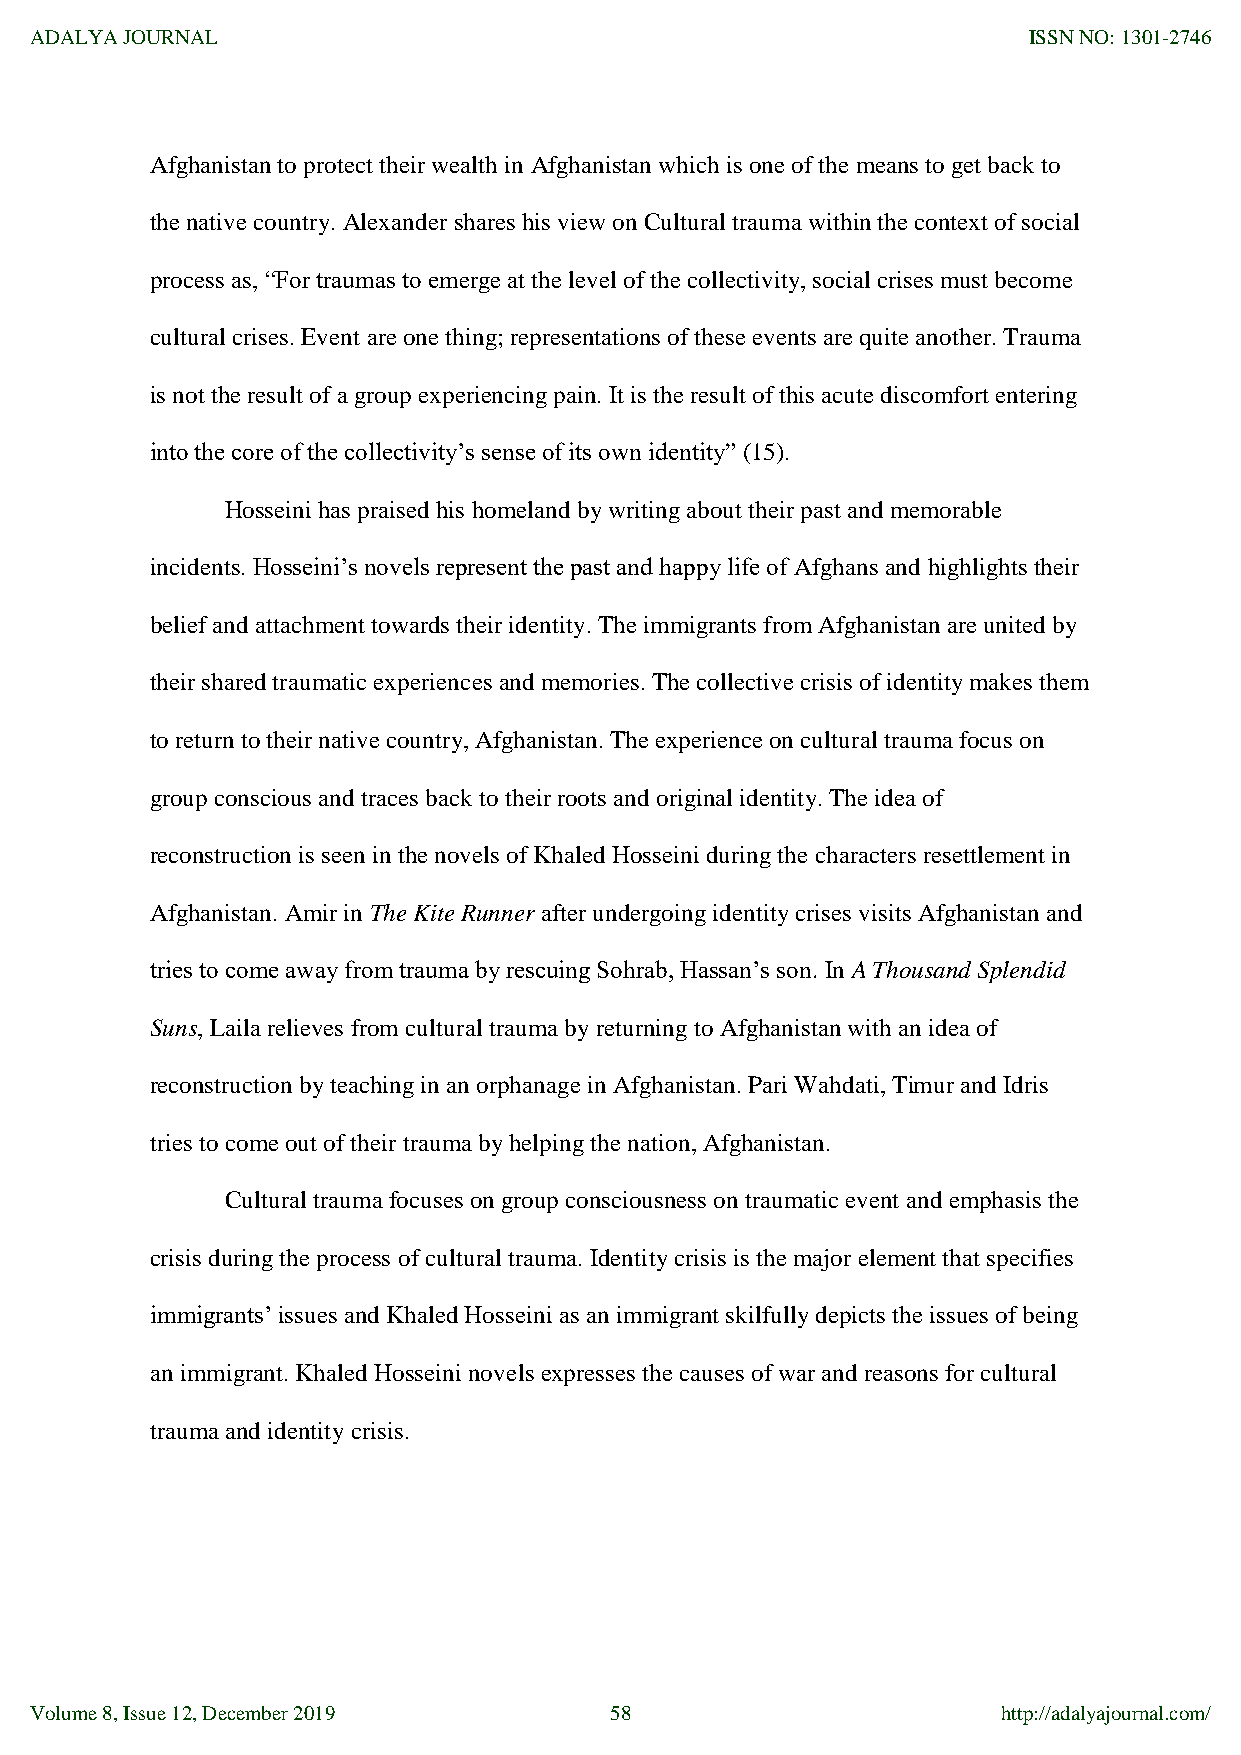
ADALYA JOURNAL                                                    ISSN NO: 1301-2746
 Afghanistan to protect their wealth in Afghanistan which is one of the means to get back to
 the native country. Alexander shares his view on Cultural trauma within the context of social
 process as, “For traumas to emerge at the level of the collectivity, social crises must become
 cultural crises. Event are one thing; representations of these events are quite another. Trauma
 is not the result of a group experiencing pain. It is the result of this acute discomfort entering
 into the core of the collectivity‟s sense of its own identity” (15).
 Hosseini has praised his homeland by writing about their past and memorable
 incidents. Hosseini‟s novels represent the past and happy life of Afghans and highlights their
 belief and attachment towards their identity. The immigrants from Afghanistan are united by
 their shared traumatic experiences and memories. The collective crisis of identity makes them
 to return to their native country, Afghanistan. The experience on cultural trauma focus on
 group conscious and traces back to their roots and original identity. The idea of
 reconstruction is seen in the novels of Khaled Hosseini during the characters resettlement in
 Afghanistan. Amir in The Kite Runner after undergoing identity crises visits Afghanistan and
 tries to come away from trauma by rescuing Sohrab, Hassan‟s son. In A Thousand Splendid
 Suns, Laila relieves from cultural trauma by returning to Afghanistan with an idea of
 reconstruction by teaching in an orphanage in Afghanistan. Pari Wahdati, Timur and Idris
 tries to come out of their trauma by helping the nation, Afghanistan.
 Cultural trauma focuses on group consciousness on traumatic event and emphasis the
 crisis during the process of cultural trauma. Identity crisis is the major element that specifies
 immigrants‟ issues and Khaled Hosseini as an immigrant skilfully depicts the issues of being
 an immigrant. Khaled Hosseini novels expresses the causes of war and reasons for cultural
 trauma and identity crisis.
 Volume 8, Issue 12, December 2019     58                        http://adalyajournal.com/